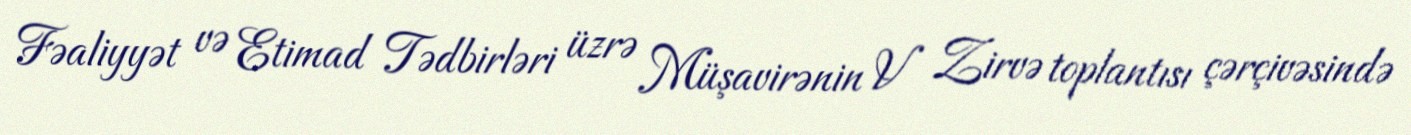
Fəaliyyət və Etimad Tədbirləri üzrə Müşavirənin V Zirvə toplantısı çərçivəsində